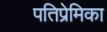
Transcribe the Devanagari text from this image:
पतिप्रेमिका